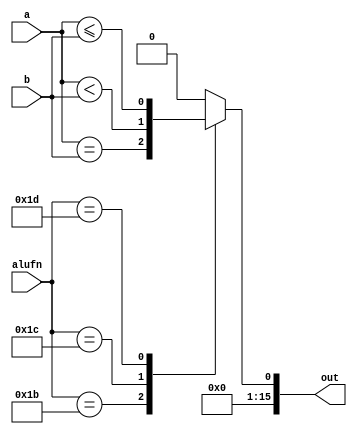
/*
   This file was generated automatically by the Mojo IDE version B1.3.6.
   Do not edit this file directly. Instead edit the original Lucid source.
   This is a temporary file and any changes made to it will be destroyed.
*/

module compare16_11 (
    input [15:0] a,
    input [15:0] b,
    input [4:0] alufn,
    output reg [15:0] out
  );
  
  
  
  always @* begin
    out = 1'h0;
    
    case (alufn)
      5'h1b: begin
        out = a == b;
      end
      5'h1c: begin
        out = a < b;
      end
      5'h1d: begin
        out = a <= b;
      end
    endcase
  end
endmodule